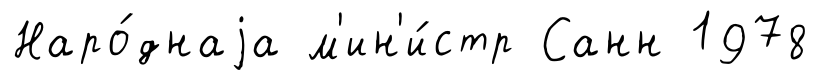
Наро́днаjа м'ин'и́стр Санн 1978